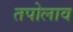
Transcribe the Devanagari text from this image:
तपोलाव